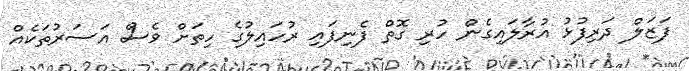
ފަޒަލް ދަރިފުޅު އުރާލައިގެން ހުރި ގޮތް ފެނިފައި ރުހައިލުގެ ހިތަށް ވެސް އަސަރުތަކެއް